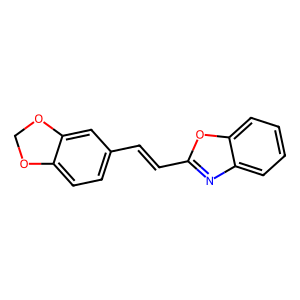
SMILES: C(=Cc1nc2ccccc2o1)c1ccc2c(c1)OCO2
Inhibits HIV replication: No